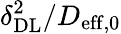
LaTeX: \delta_{\mathrm{{DL}}}^{2}/D_{\mathrm{{eff,0}}}